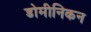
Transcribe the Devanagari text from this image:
डोमीनिकन